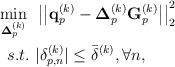
LaTeX: \begin{align*}\begin{aligned} \min_{\mathbf{\Delta}_p^{(k)}}~&\left|\left|\mathbf{q}_p^{(k)} - \mathbf{\Delta}_p^{(k)} \mathbf{G}_p^{(k)}\right|\right|_2^2 \\ s.t.~&|\delta_{p,n}^{(k)}| \leq \bar{\delta}^{(k)}, \forall n,\end{aligned}\end{align*}